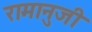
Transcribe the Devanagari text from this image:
रामानुजी